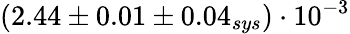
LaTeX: (2.44\pm 0.01\pm 0.04_{sys})\cdot 10^{-3}